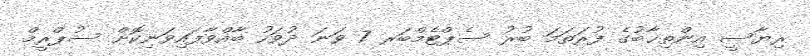
ރިޔާސީ އިންތިޚާބުގެ ފުރަތަމަ ބުރު ސެޕްޓެމްބަރ 7 ވަނަ ދުވަހު ބާއްވާފައިވަނިކޮށް ސުޕްރީމް